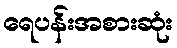
ရေပန်းအစားဆုံး